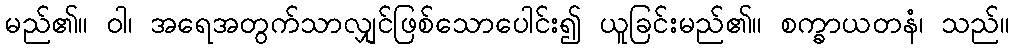
မည်၏။ ဝါ၊ အရေအတွက်သာလျှင်ဖြစ်သောပေါင်း၍ ယူခြင်းမည်၏။ စက္ခာယတနံ၊ သည်။